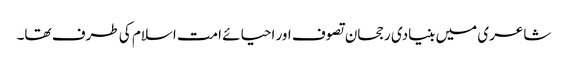
شاعری میں بنیادی رجحان تصوف اور احیائے امت اسلام کی طرف تھا۔